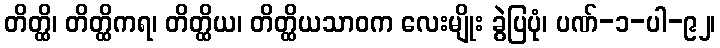
တိတ္ထိ၊ တိတ္ထိကရ၊ တိတ္ထိယ၊ တိတ္ထိယသာဝက လေးမျိုး ခွဲပြပုံ၊ ပဏ်-၁-ပါ-၉၂၊